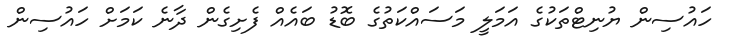
ހައުސިން ޔުނިޓްތަކުގެ އަމަލީ މަސައްކަތުގެ ބޮޑު ބައެއް ފެށިގެން ދާނެ ކަމަށް ހައުސިން